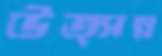
উত্সন্ন